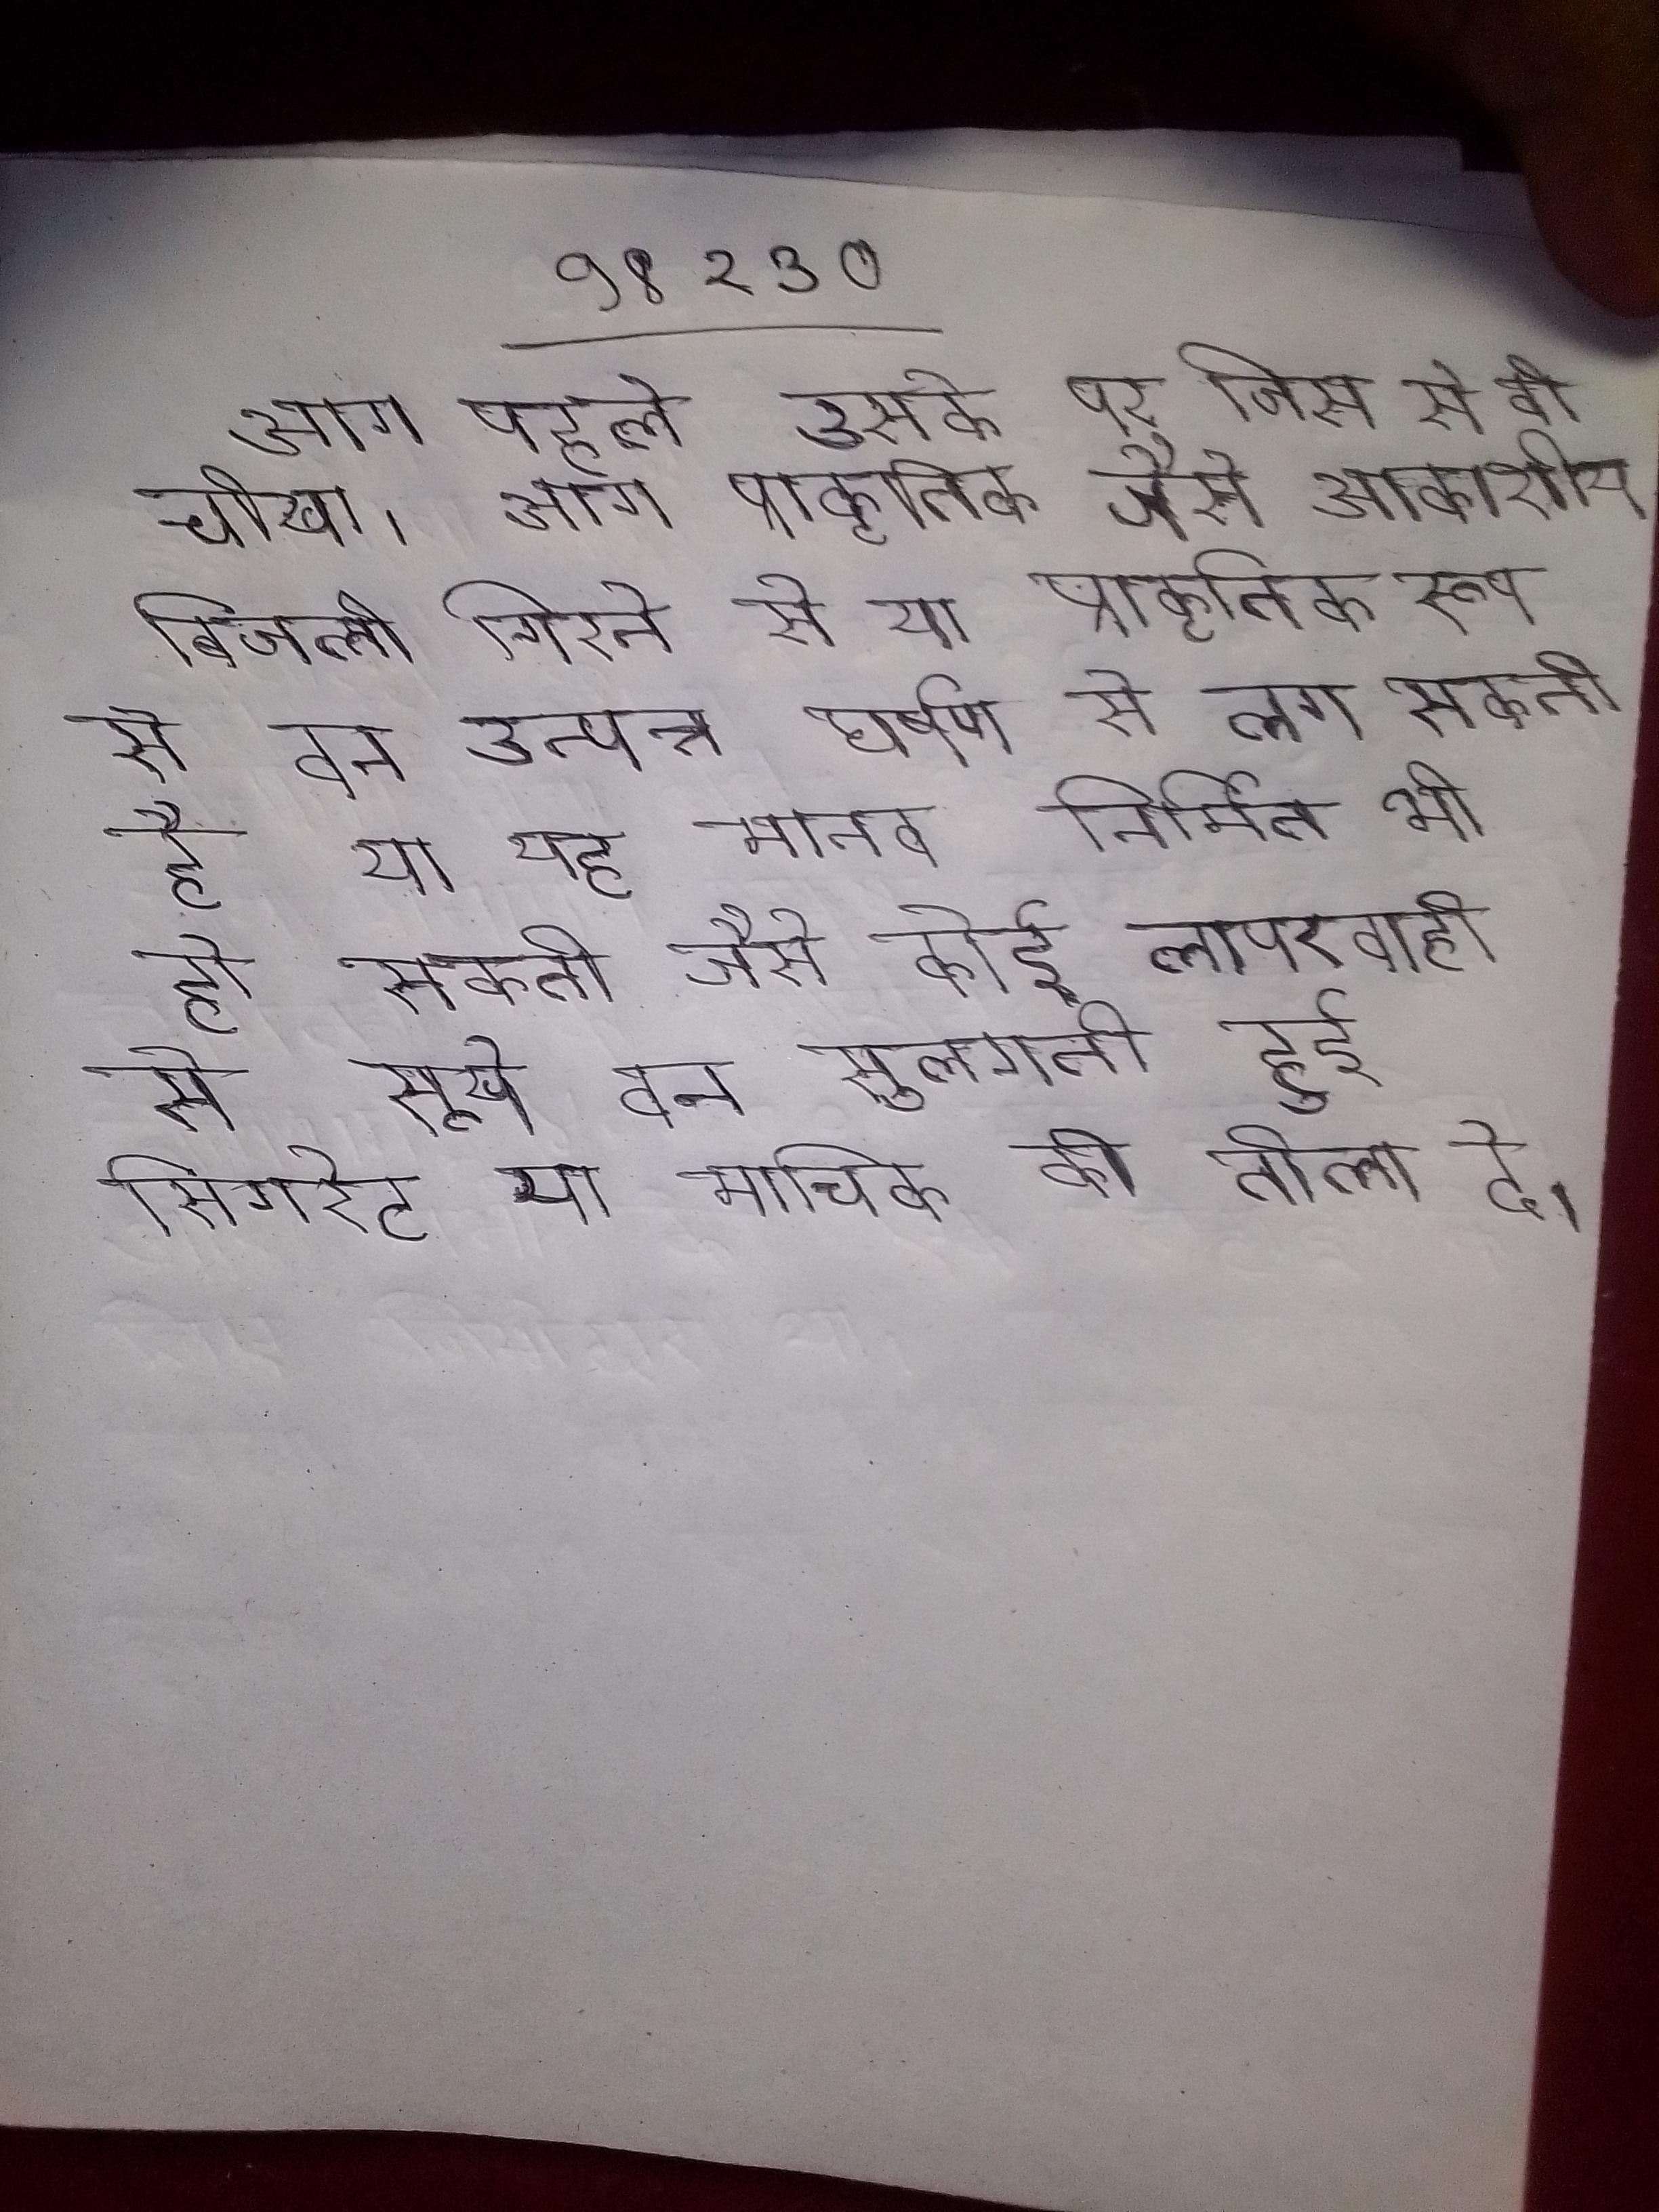
आग पहले उसके पर जिस से वो चीखा । आग प्राकृतिक जैसे आकाशीय बिजली गिरने से या प्राकृतिक रूप से वन उत्पन्न घर्षण से लग सकती है या यह मानव निर्मित भी हो सकती जैसे कोई लापरवाही से सूखे वन सुलगती हुई सिगरेट या माचिस की तीली दे ।